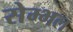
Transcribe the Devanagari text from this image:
सेम्भल